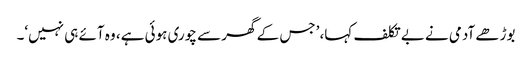
بوڑھے آدمی نے بے تکلف کہا، ’جس کے گھر سے چوری ہوئی ہے، وہ آئے ہی نہیں‘۔